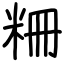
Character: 粣